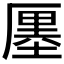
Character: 𠪨